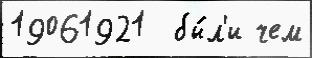
19061921  бы́л'и чем